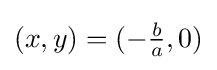
(x,y)=(-{\tfrac {b}{a}},0)